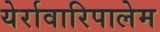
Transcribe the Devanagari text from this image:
येर्रावारिपालेम